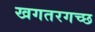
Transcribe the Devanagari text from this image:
खगतरगच्छ